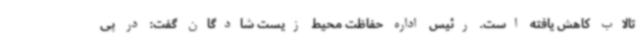
تالاب کاهش یافته است. رئیس اداره حفاظت محیط زیست شادگان گفت: در پی